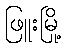
ဖြူးမြို့